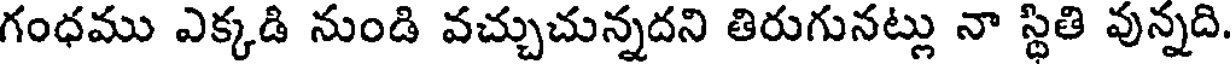
గంధము ఎక్కడి నుండి వచ్చుచున్నదని తిరుగునట్లు నా స్థితి వున్నది